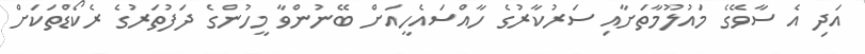
އަދި އެ ސާވޭގެ މައުލޫމާތަށާއި ސަރުކާރުގެ ހާއްސައެހީއަށް ބޭނުންވާ މީހުންގެ ދަފުތަރުގެ ރެކޯޑްތަކަށް